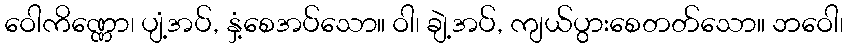
ဝေါကိဏ္ဏော၊ ပျံ့အပ်, နှံ့စေအပ်သော။ ဝါ၊ ချဲ့အပ်, ကျယ်ပွားစေတတ်သော။ ဘဝေါ၊